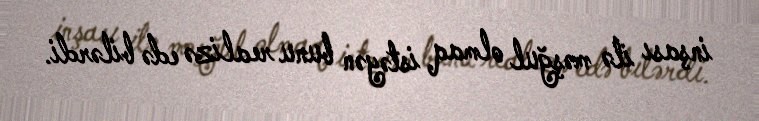
inşası ilə məşğul olmaq istəyən bunu realizə edə bilərdi.